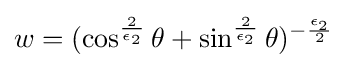
w=(\cos ^{\frac {2}{\epsilon _{2}}}\theta +\sin ^{\frac {2}{\epsilon _{2}}}\theta )^{-{\frac {\epsilon _{2}}{2}}}